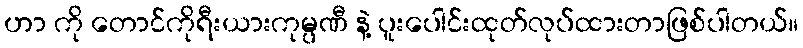
ဟာ ကို တောင်ကိုရီးယားကုမ္ပဏီ နဲ့ ပူးပေါင်းထုတ်လုပ်ထားတာဖြစ်ပါတယ်။